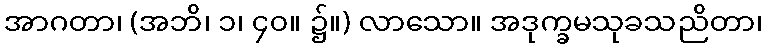
အာဂတာ၊ (အဘိ၊ ၁၊ ၄၀။ ၌။) လာသော။ အဒုက္ခမသုခသညိတာ၊